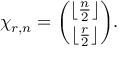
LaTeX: \chi _ { r , n } = { \binom { \lfloor { \frac { n } { 2 } } \rfloor } { \lfloor { \frac { r } { 2 } } \rfloor } } .